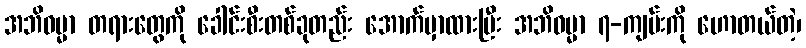
အဘိဓမ္မာ တရားတွေကို ခေါင်းစီးတစ်ခုတည်း အောက်မှာထားပြီး အဘိဓမ္မာ ၇-ကျမ်းကို ဟောတယ်တဲ့၊